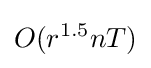
O(r^{1.5}nT)